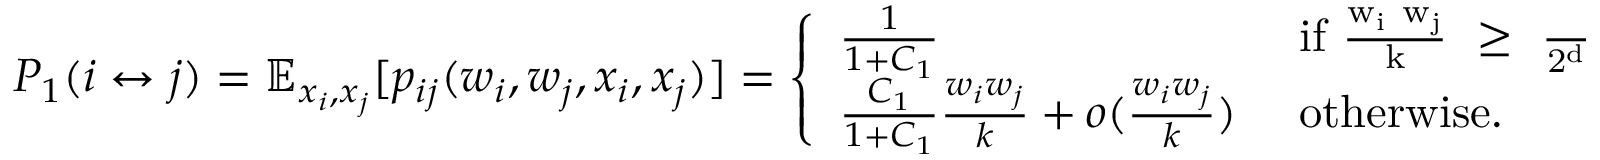
P _ { 1 } ( i \leftrightarrow j ) = \mathbb { E } _ { x _ { i } , x _ { j } } [ p _ { i j } ( w _ { i } , w _ { j } , x _ { i } , x _ { j } ) ] = \left\{ \begin{array} { l l } { \frac { 1 } { 1 + C _ { 1 } } } & { \mathrm { ~ i f ~ \frac { w _ i ~ w _ j } { k } ~ \geq ~ \frac { \mu } { 2 ^ d } ~ } } \\ { \frac { C _ { 1 } } { 1 + C _ { 1 } } \frac { w _ { i } w _ { j } } { k } + o ( \frac { w _ { i } w _ { j } } { k } ) } & { \mathrm { ~ o t h e r w i s e . } } \end{array} \right.